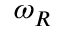
\omega _ { R }